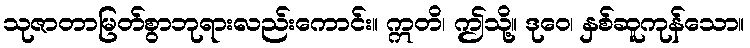
သုဇာတာမြတ်စွာဘုရားလည်းကောင်း။ ဣတိ၊ ဤသို့။ ဒုဝေ၊ နှစ်ဆူကုန်သော။